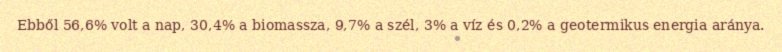
Ebből 56,6% volt a nap, 30,4% a biomassza, 9,7% a szél, 3% a víz és 0,2% a geotermikus energia aránya.